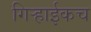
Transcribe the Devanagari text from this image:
गिर्‍हाईकच